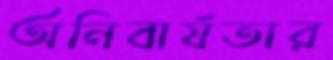
অনিবার্যতার